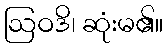
ဩဝဒိ၊ ဆုံးမ၏။